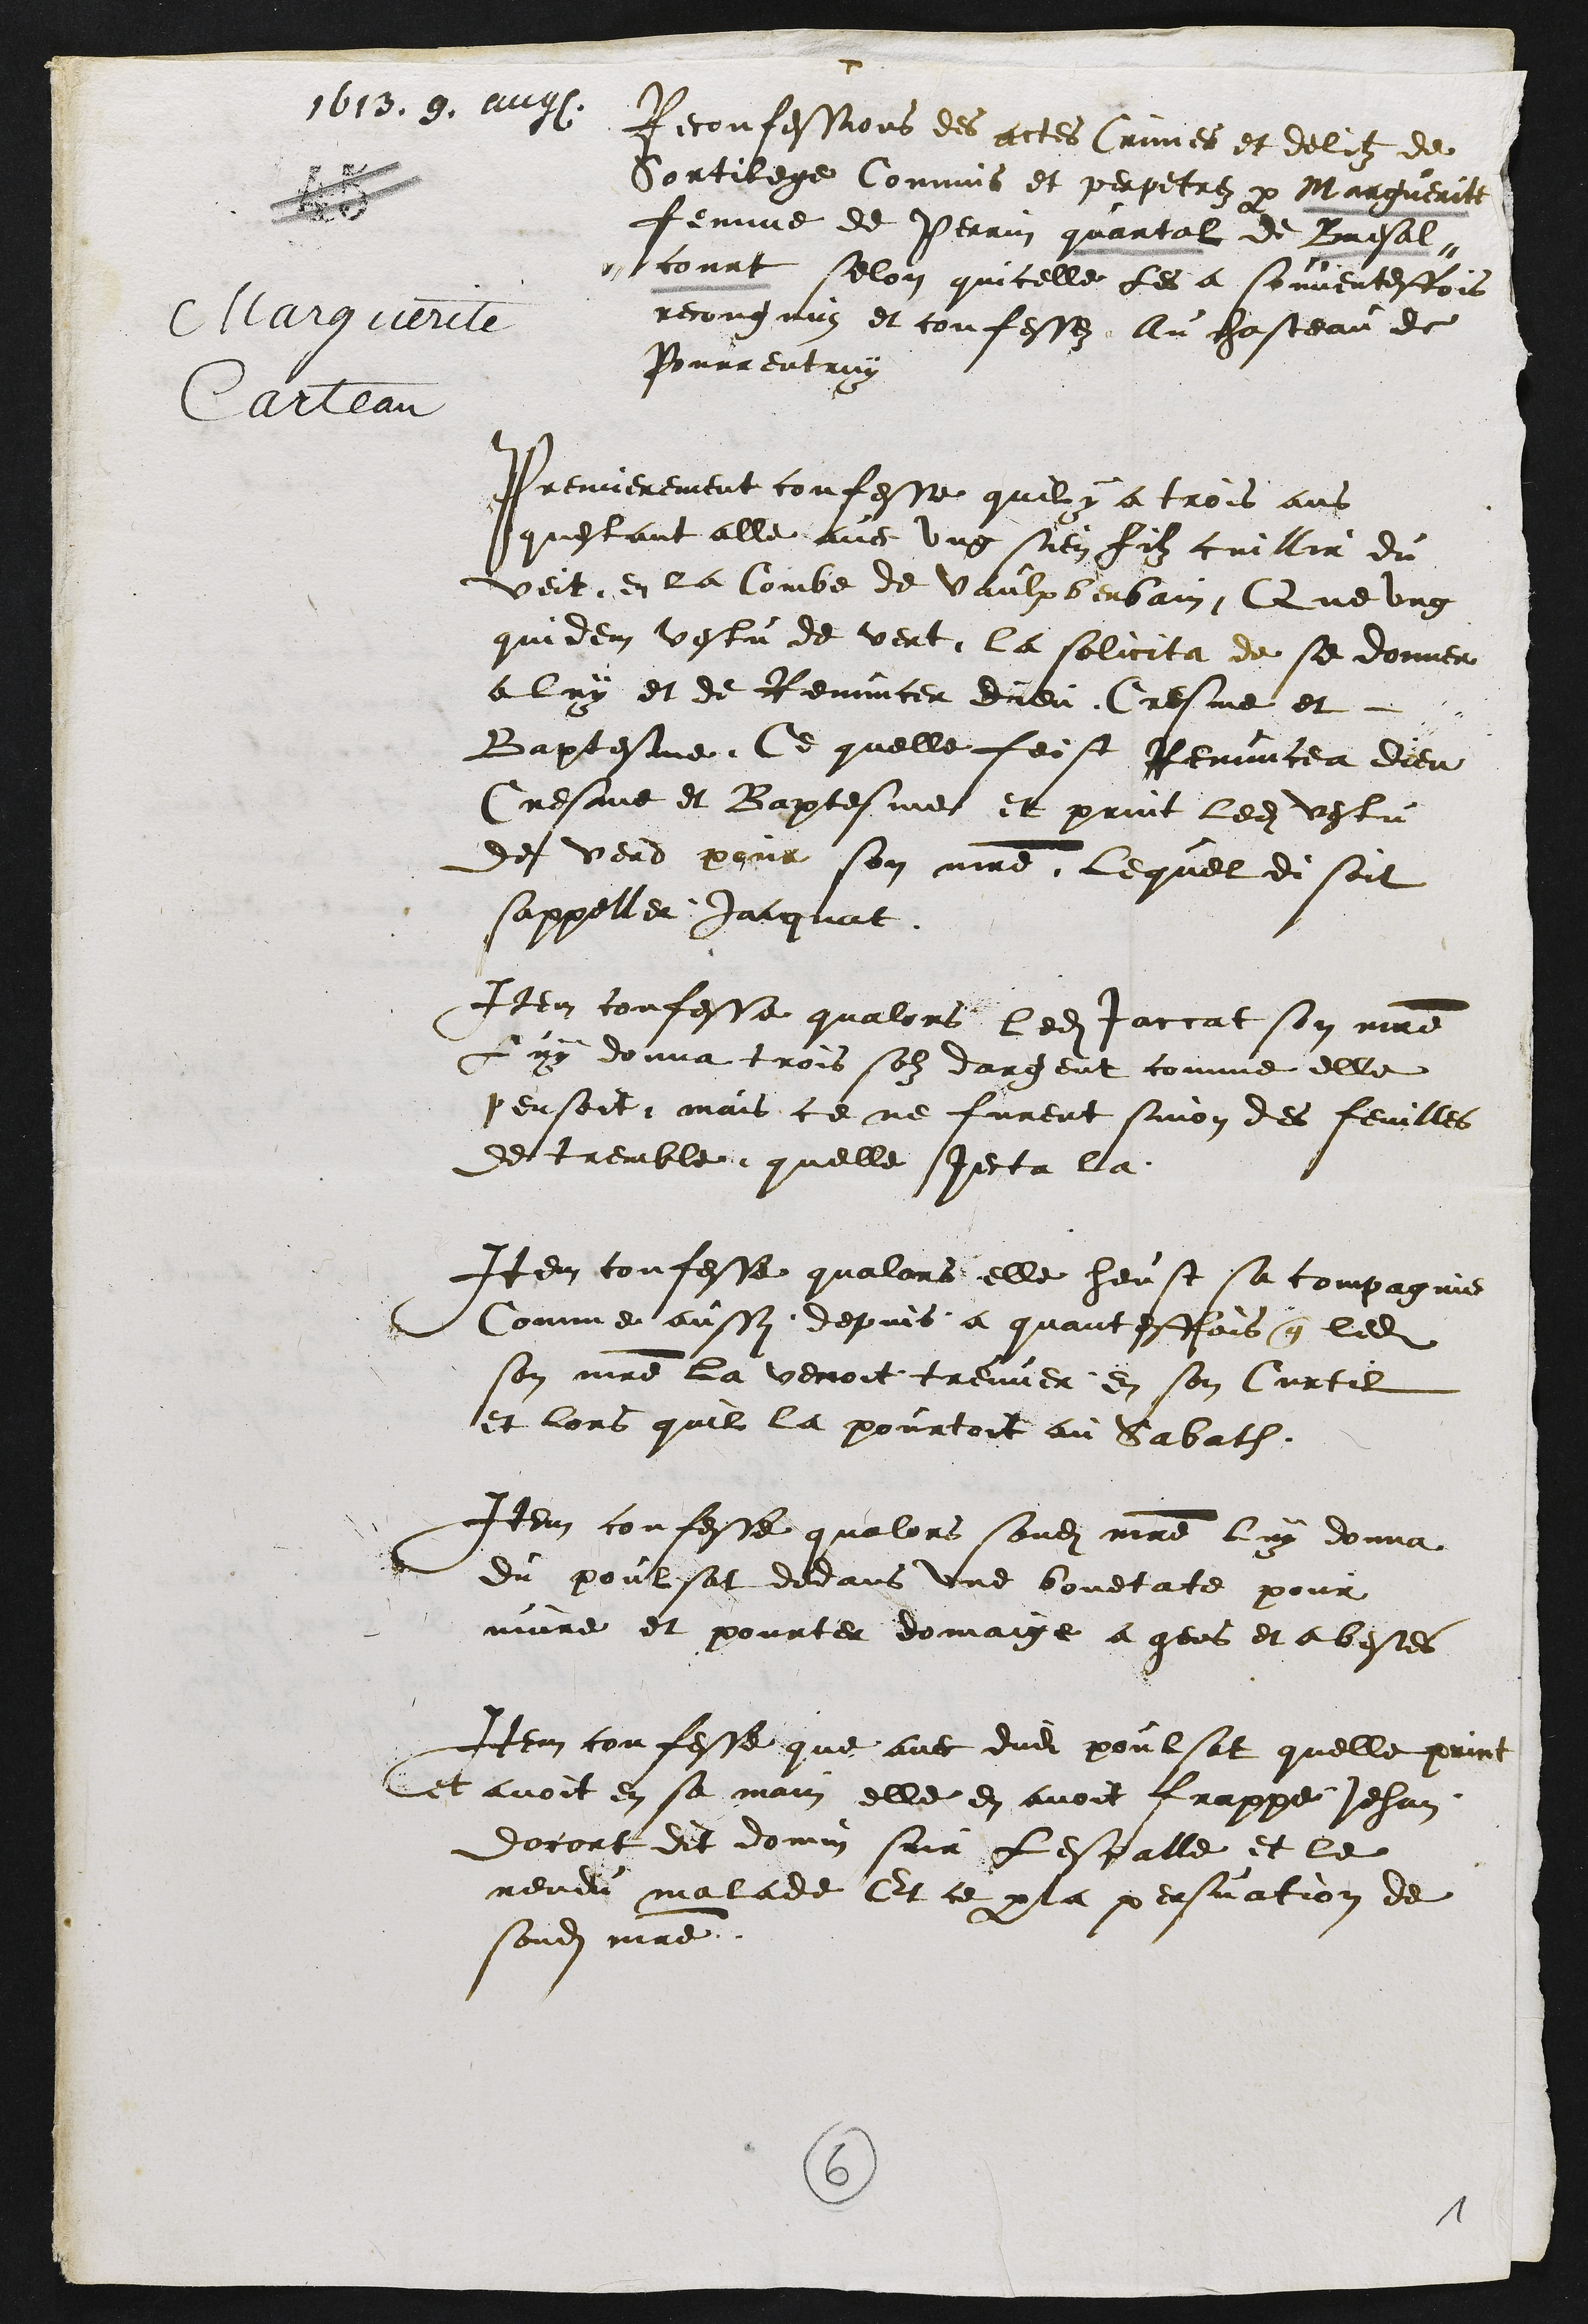
1613.9. augs.
Marguerite
Carteau
+
Reconfessions des actes Crimes et delitz de
Sortilege Commis et perpetre par Marguerite
femme de Perrin quartal de Bresal
court selon quicelle les a souventesfois
recongnus et confesses au chasteau de
Pourrentruy
Premierement confesse quil y a trois ans
questant alle avec ung sien filz cuillir du
veit en la Combe de vaulx berbain Que ung
quidem vestu de vent la sollicita de se donner
a luy et de Renuncer dieu Cresme et
Baptesme Ce quelle feist Renuncea dieu
Cresme et Baptesme et print ledit vestu
de verd pour son maitre lequel disoit
sappelle Jaignat
Item confesse qualors ledit accat son maitre
Luy donna trois son dargent comme elle
pensoit mais ce ne furent sinon des feuilles
de tremble quelle jecta la
Item confesse qualors elle heust sa compagnie
Comme aussy depuis a quantesfois que ledit
son maitre la veroit treuver en son Curtil
et lors quil la pourtoit au Sabath
Item confesse qualors sondit maitre luy donna
du poulsat dedans une bouetate pour
mare et pourter donnaige a gens et a bestes
Item confesse que avec dudit poulsat quelle print
et avoit en sa main elle en avoit frappe Jehan
docort dit donnin soir lespalle et le
rendu malade Et ce par la persuation de
sondit maitre